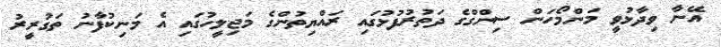
އޭނާ ވިދާޅުވީ މަންމޯހަން ސިންގްގެ ދަތުރުފުޅުގައި ރައްޔިތުންގެ މަޖިލީހުގައި އެ މަނިކުފާނު ތަގުރީރު